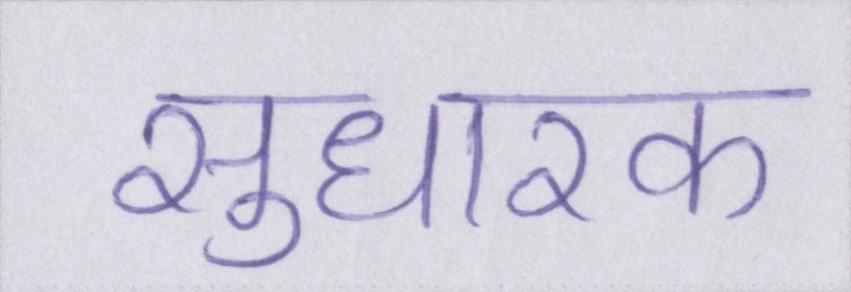
सुधारक